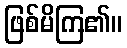
ဖြစ်မိကြ၏။